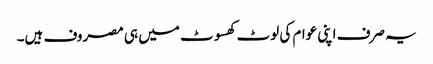
یہ صرف اپنی عوام کی لوٹ کھسوٹ میں ہی مصروف ہیں۔